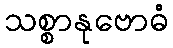
သစ္စာနုဗောဓံ